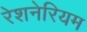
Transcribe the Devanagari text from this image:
रेशनेरियम